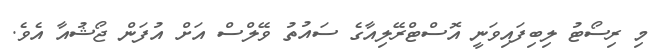
މި ރިސޯޓު ލިބިފައިވަނީ އޮސްޓްރޭލިއާގެ ސައުތު ވޭލްސް އަށް އުފަން ޖޯޝުއާ އެވެ.